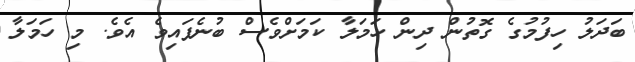
ބަދަލު ހިފުމުގެ ގޮތުން ދިން ހަމަލާ ކަމަށްވެސް ބުނެފައިވެ އެވެ. މި ހަމަލާ